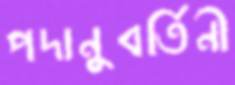
পদানুবর্তিনী